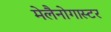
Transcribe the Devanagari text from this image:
मेलैनोगास्टर